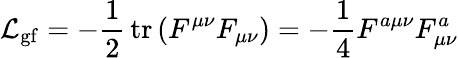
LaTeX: {\mathcal{L}}_{\mathrm{gf}}=-{\frac{1}{2}}\operatorname{tr}\left(F^{\mu\nu}F_{\mu\nu}\right)=-{\frac{1}{4}}F^{a\mu\nu}F_{\mu\nu}^{a}